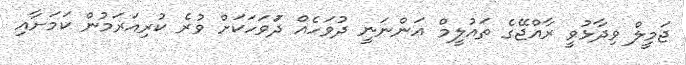
ޖަމީލް ވިދާޅުވީ ރާއްޖޭގެ ތައުލީމް އަންނަނީ ދުވަހެއް ދުަވަހަކަށް ވުރެ ކުރިއަރަމުން ކަމަށާއި